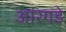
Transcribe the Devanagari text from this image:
आरगडे